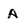
Character: A